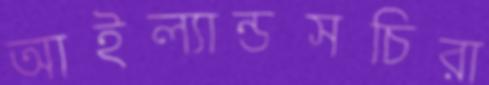
আইল্যান্ডসচিরা